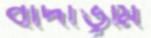
বাদাভূমি